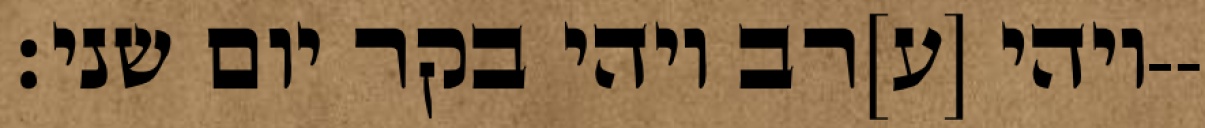
ויהי [ע]רב ויהי בקר יום שני׃--